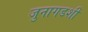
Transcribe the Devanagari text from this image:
जुनागडशी